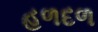
હળદળ